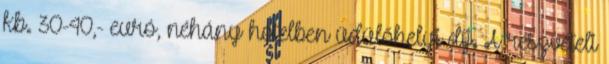
kb. 30-40,- euró, néhány hotelben üdülőhelyi díj. A részvételi